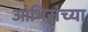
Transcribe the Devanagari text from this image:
आभिरांच्या